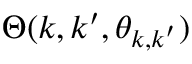
\Theta ( k , k ^ { \prime } , \theta _ { \boldsymbol { k } , \boldsymbol { k } ^ { \prime } } )